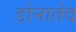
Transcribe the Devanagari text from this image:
डोनातेद